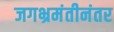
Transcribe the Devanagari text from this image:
जगभ्रमंतीनंतर